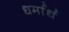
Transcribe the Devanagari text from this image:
धर्मार्ध